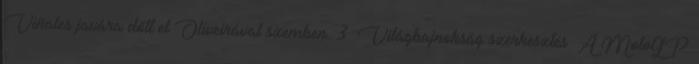
Viñales javára dőlt el Oliveirával szemben. 3 Világbajnokság szerkesztés A MotoGP